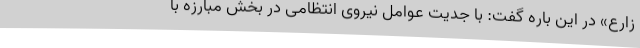
زارع» در این باره گفت: با جدیت عوامل نیروی انتظامی در بخش مبارزه با